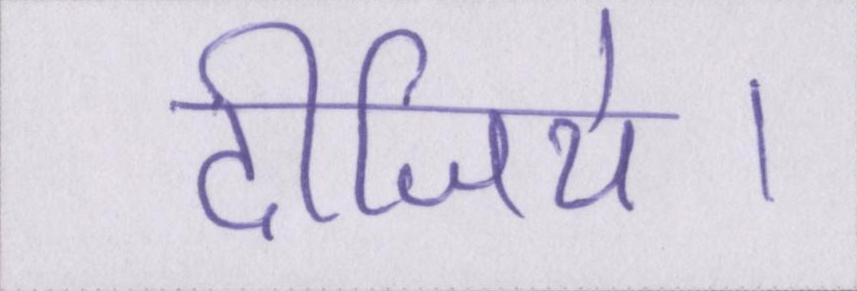
दीजिये।